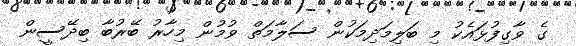
ގެ ވާގިފުޅައެކު މި ބަލިމަދިމަކުން ސަލާމަތް ވުމުން މިހާރު ބޭރުބާ ބިދޭސީން